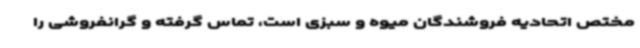
مختص اتحادیه فروشندگان میوه و سبزی است، تماس گرفته و گرانفروشی را